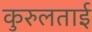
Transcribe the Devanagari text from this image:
कुरुलताई